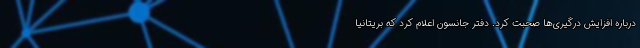
درباره افزایش درگیری‌ها صحبت کرد. دفتر جانسون اعلام کرد که بریتانیا